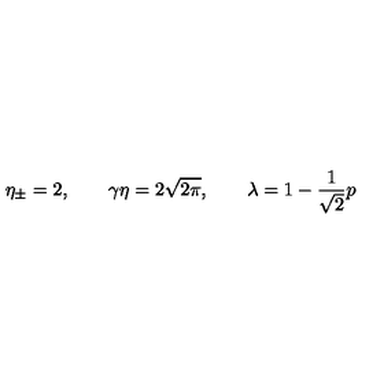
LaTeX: \eta _ { \pm } = 2 , \qquad \gamma \eta = 2 \sqrt { 2 \pi } , \qquad \lambda = 1 - \frac { 1 } { \sqrt { 2 } } p